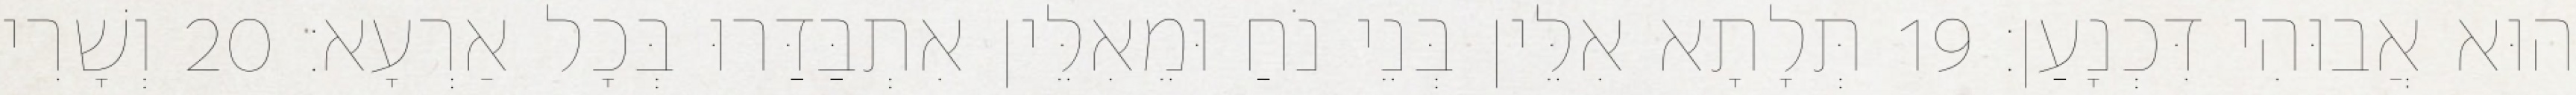
הוּא אֲבוּהִי דִּכְנָעַן׃ 19 תְּלָתָא אִלֵּין בְּנֵי נֹחַ וּמֵאִלֵּין אִתְבַּדַּרוּ בְּכָל אַרְעָא׃ 20 וְשָׁרִי